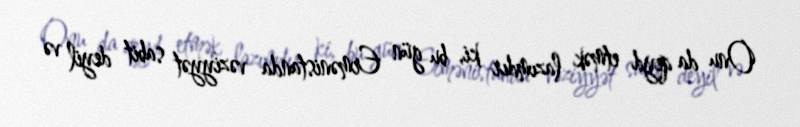
Onu da qeyd etmək lazımdır ki, bu gün Ermənistanda vəziyyət sabit deyil və